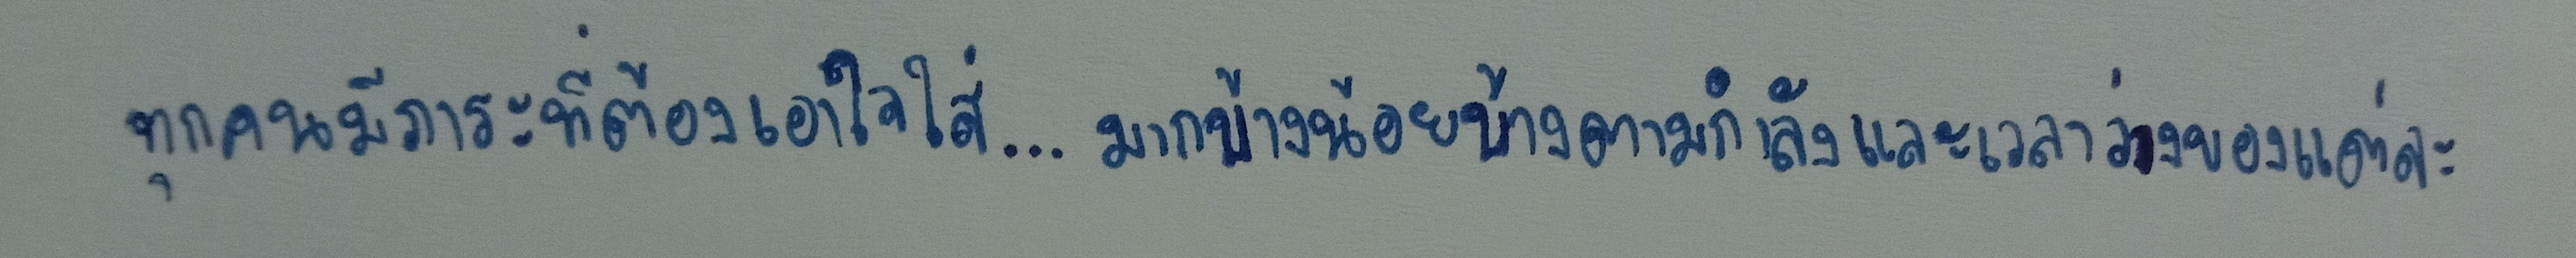
ทุกคนมีภาระที่จะต้องเอาใจใส่...มากบ้างน้อยบ้างตามกำลังและเวลาว่างของแต่ละ